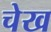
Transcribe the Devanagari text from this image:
चेख